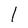
Character: l